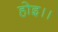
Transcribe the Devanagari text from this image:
होइ।।